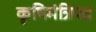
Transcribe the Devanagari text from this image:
कृषिमंत्रिपद